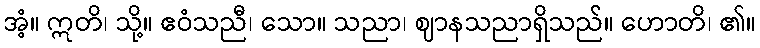
အံ့။ ဣတိ၊ သို့။ ဧဝံသညီ၊ သော။ သညာ၊ ဈာနသညာရှိသည်။ ဟောတိ၊ ၏။